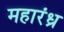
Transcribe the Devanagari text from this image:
महारंध्र